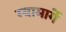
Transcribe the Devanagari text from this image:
ग्यामार्गे